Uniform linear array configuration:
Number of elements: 64
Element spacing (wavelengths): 0.75
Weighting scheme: hamming
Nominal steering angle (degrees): -30
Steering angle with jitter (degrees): -30.242
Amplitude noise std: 0.05
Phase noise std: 0.05

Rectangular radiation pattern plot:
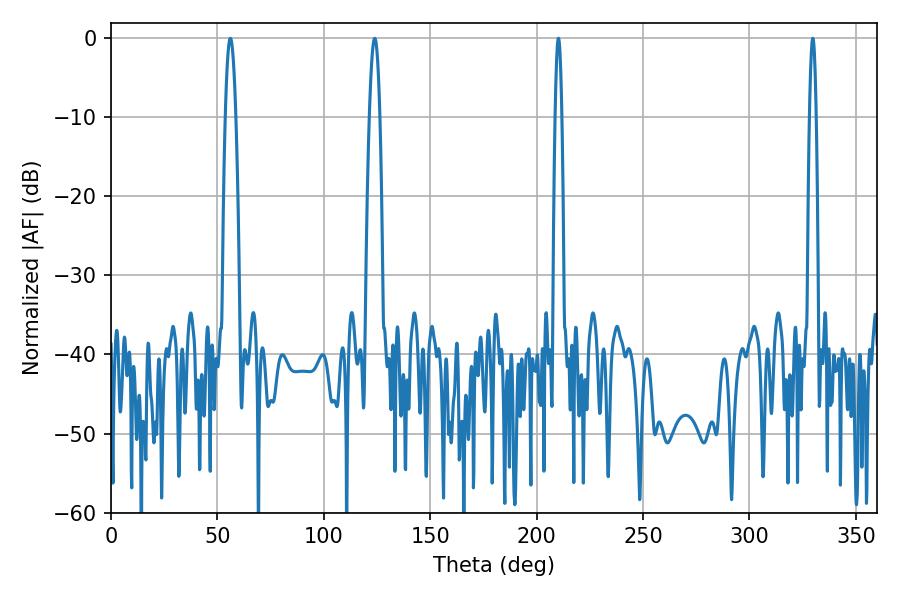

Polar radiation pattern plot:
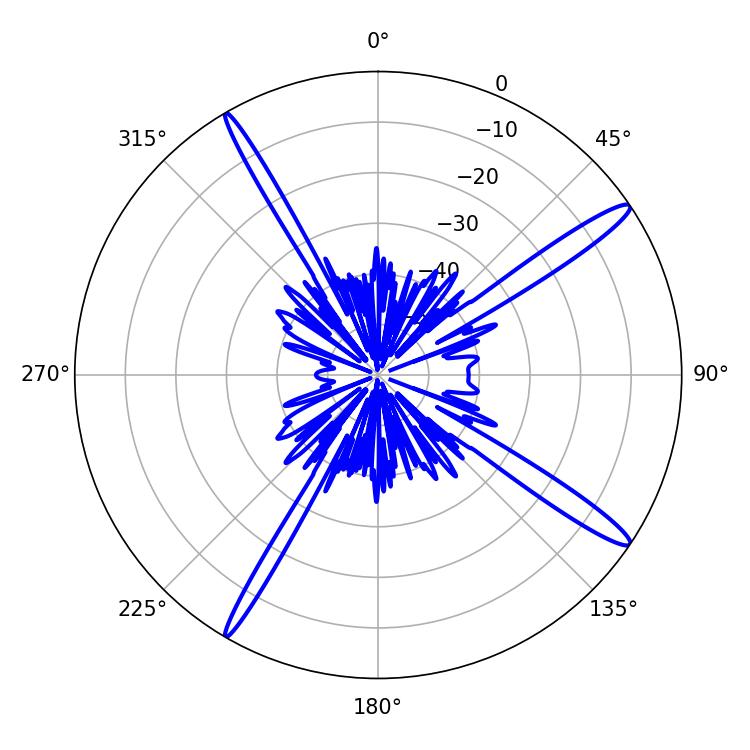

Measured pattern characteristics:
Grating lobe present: TRUE
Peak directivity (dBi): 15.813
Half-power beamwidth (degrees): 1.8
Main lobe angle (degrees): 210.24